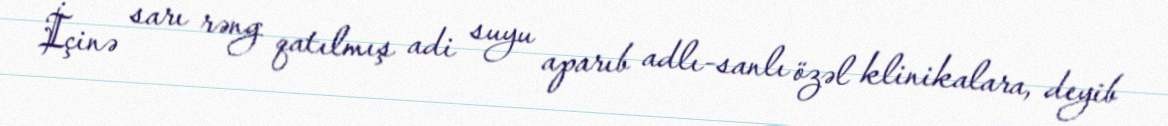
İçinə sarı rəng qatılmış adi suyu aparıb adlı-sanlı özəl klinikalara, deyib